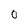
Character: 0